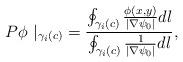
LaTeX: \begin{align*}P\phi\ |_{\gamma_{i}\left( c\right) }=\frac{\oint_{\gamma_{i}\left(c\right) }\frac{\phi\left( x,y\right) }{\left\vert \nabla\psi_{0}\right\vert }dl}{\oint_{\gamma_{i}\left( c\right) }\frac{1}{\left\vert\nabla\psi_{0}\right\vert }dl}, \end{align*}